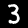
Label: 3